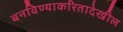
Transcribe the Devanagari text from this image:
बनविण्याकरितादेखील